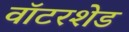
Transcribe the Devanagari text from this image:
वॉटरशेड